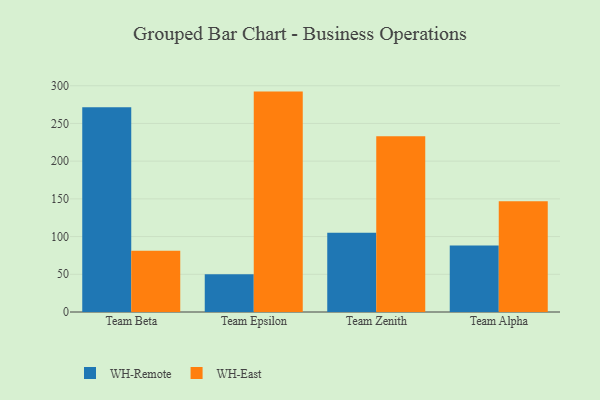
{"axis": {"x": "Team", "y": "Active Users"}, "legend": ["WH-East", "WH-Remote"], "data": [{"x": "Team Beta", "y": 271.3, "type": "WH-Remote"}, {"x": "Team Beta", "y": 81.1, "type": "WH-East"}, {"x": "Team Epsilon", "y": 49.9, "type": "WH-Remote"}, {"x": "Team Epsilon", "y": 292.2, "type": "WH-East"}, {"x": "Team Zenith", "y": 105.0, "type": "WH-Remote"}, {"x": "Team Zenith", "y": 233.1, "type": "WH-East"}, {"x": "Team Alpha", "y": 88.2, "type": "WH-Remote"}, {"x": "Team Alpha", "y": 146.8, "type": "WH-East"}]}